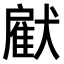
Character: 𤡵